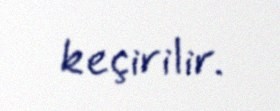
keçirilir.